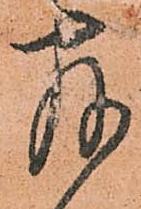
存